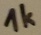
Text: 1K